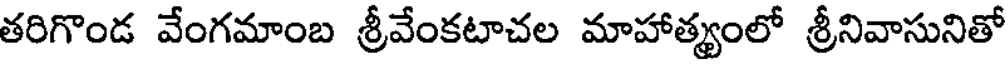
తరిగొండ వేంగమాంబ శ్రీవేంకటాచల మాహాత్యంలో శ్రీనివాసునితో